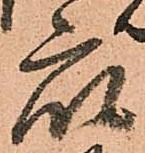
衆